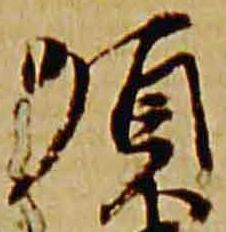
順